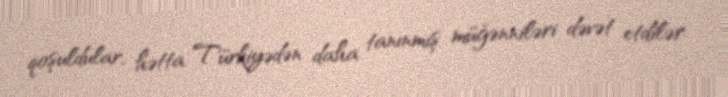
qoşuldular, hətta Türkiyədən daha tanınmış müğənniləri dəvət etdilər.